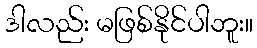
ဒါလည်း မဖြစ်နိုင်ပါဘူး။